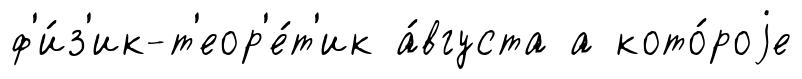
ф'и́з'ик-т'еор'е́т'ик а́вгуста а кото́роjе